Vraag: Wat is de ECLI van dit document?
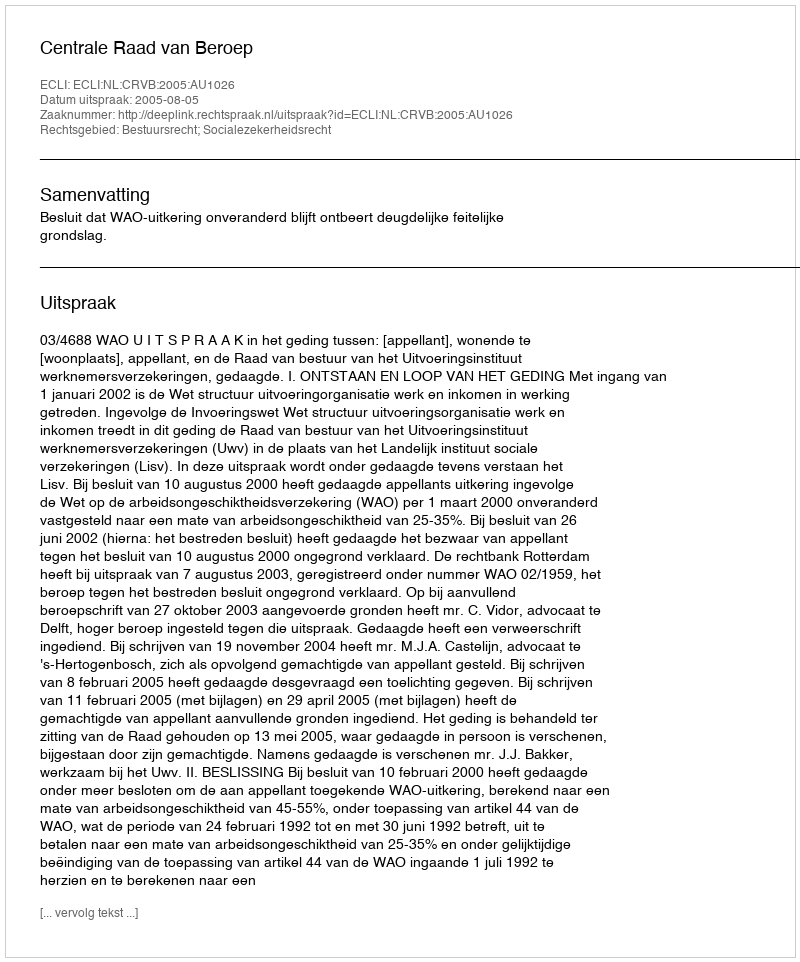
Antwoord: ECLI:NL:CRVB:2005:AU1026